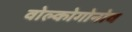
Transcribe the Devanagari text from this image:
वोल्कोगोनोव